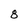
Character: 8